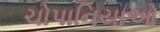
ચોપાનિયાઓ